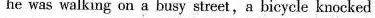
he was walking on a busy street,a bicycle knocked